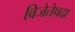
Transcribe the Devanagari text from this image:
विजेतेपदा